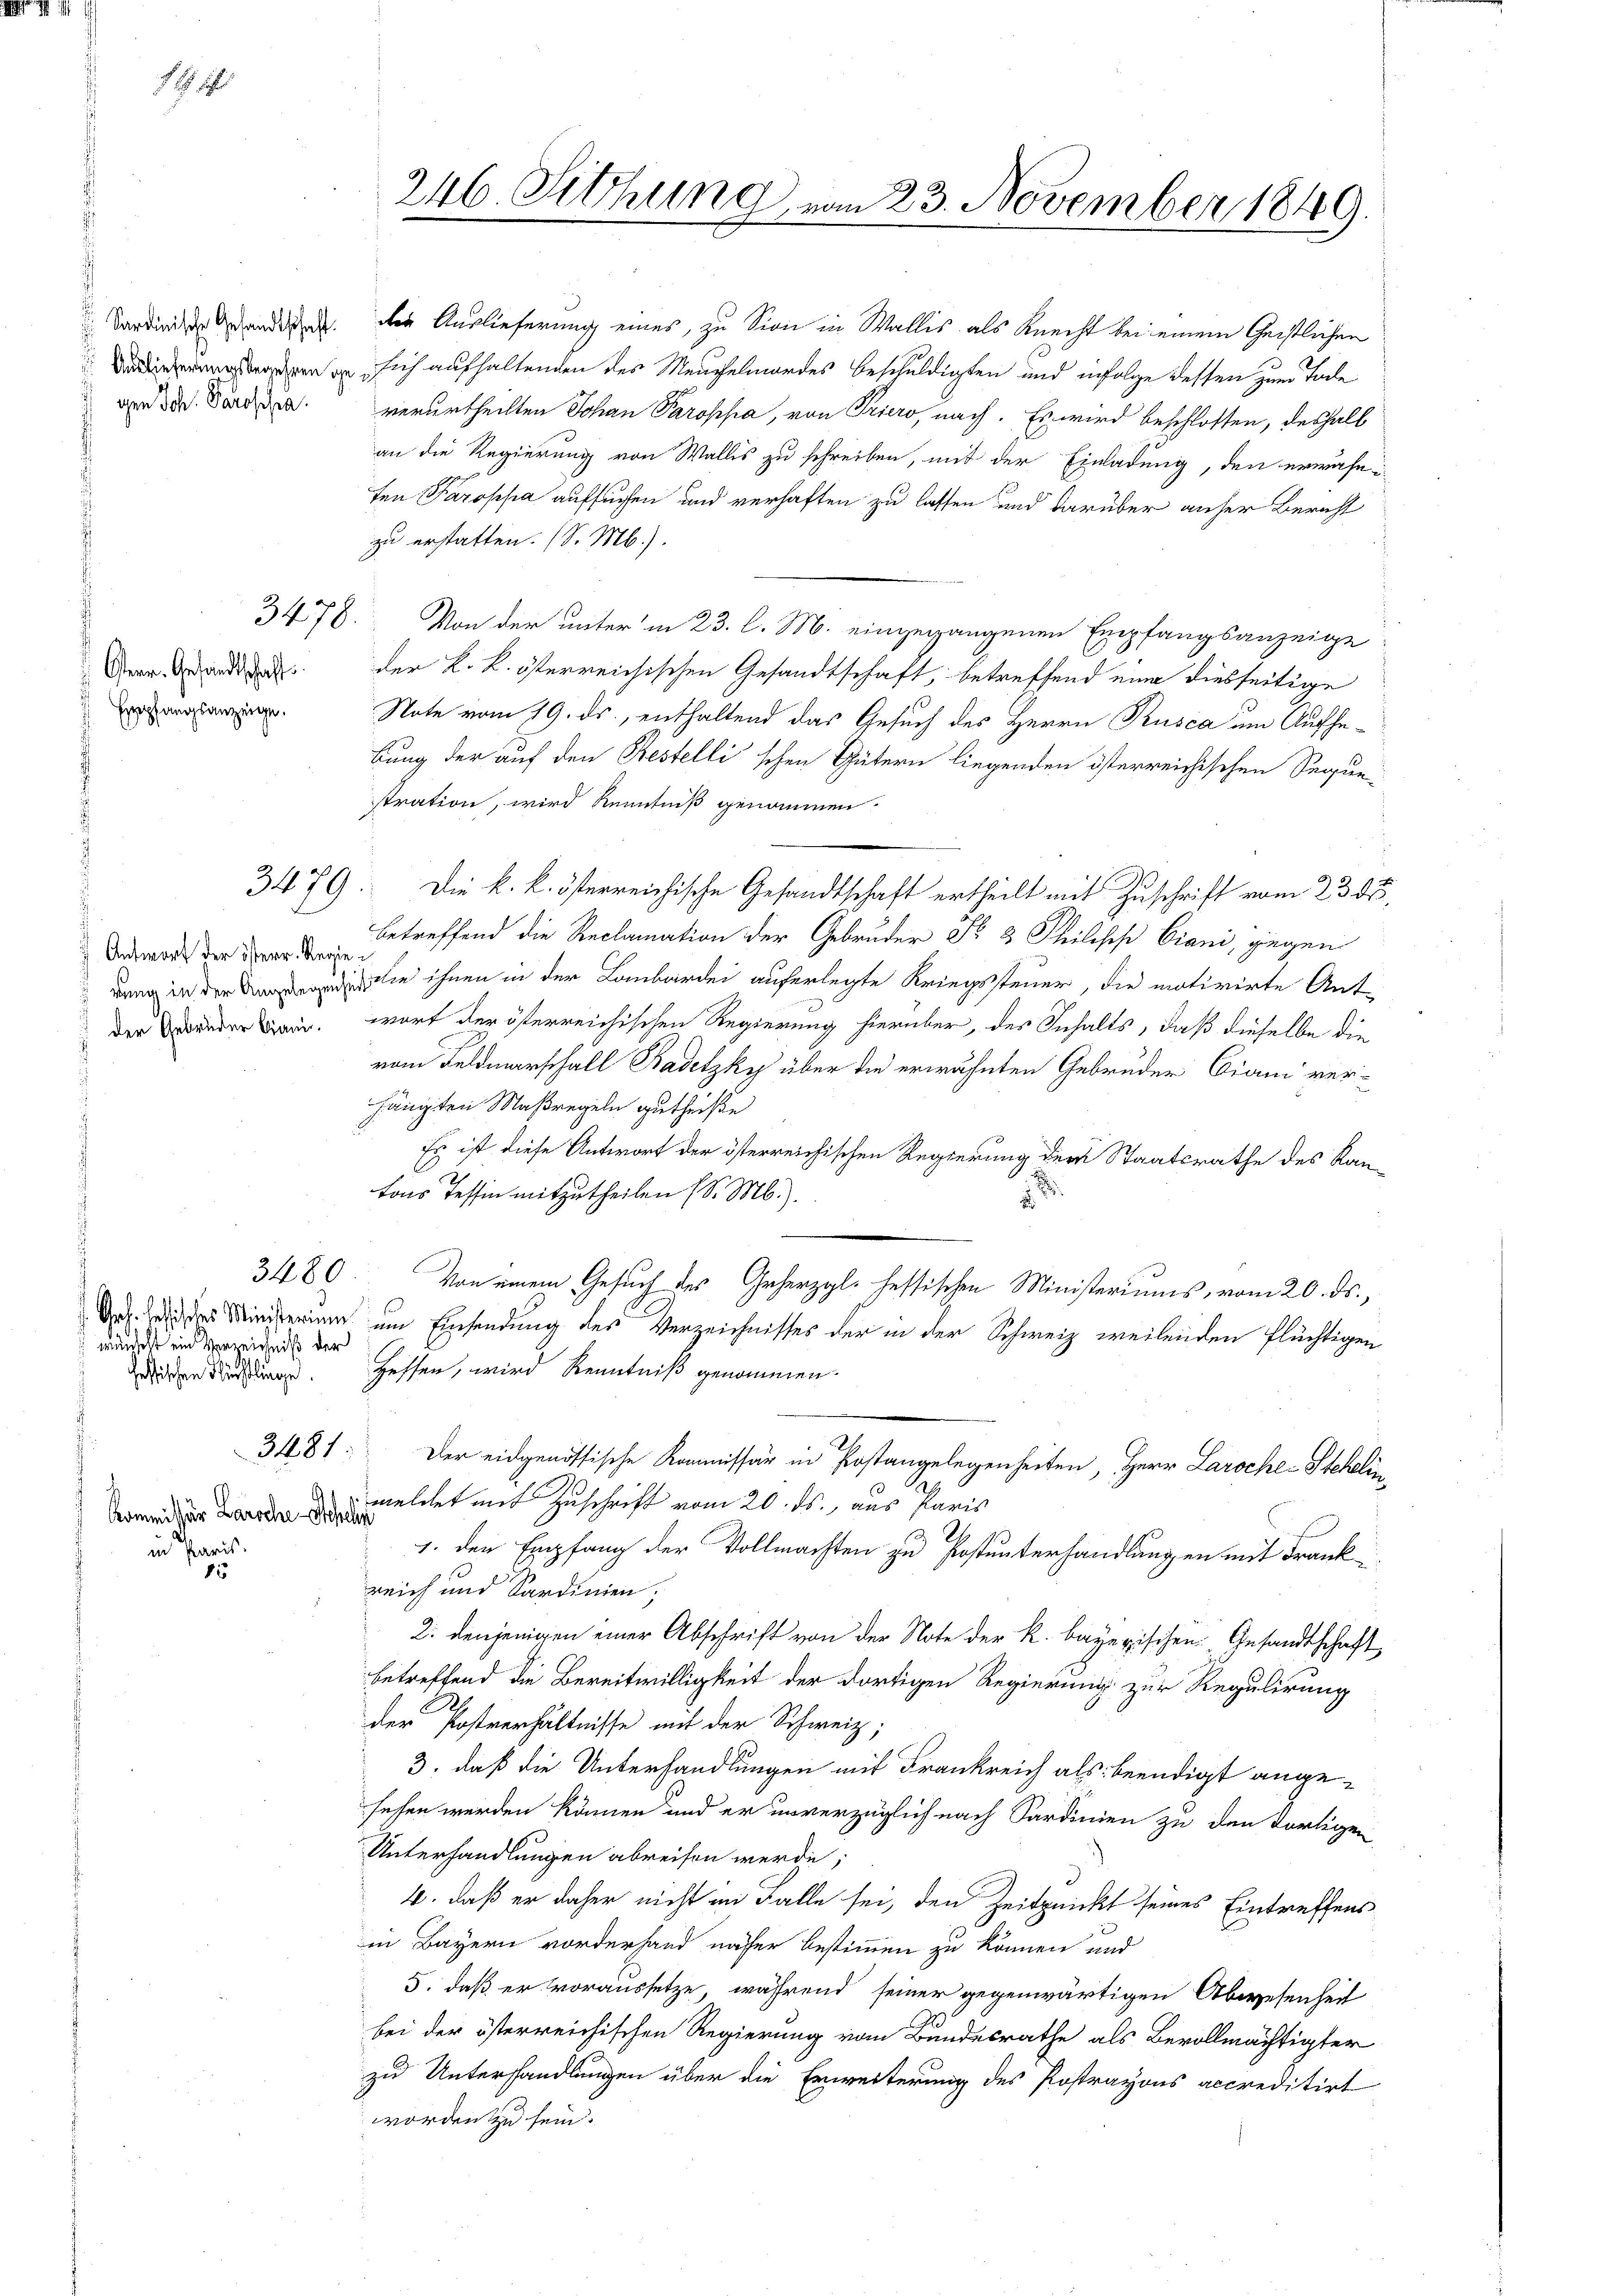
Sardinische Gesandtschaft.
gen Joh. Paroppa.

Osterr. Gesandtschaft
 Empfangsanzeige.

Antwort der österr. Regieder Gebrüder Biani.

in Paris.
1

3410.

3480
wünscht ein Verzeichniß der
hessischen Fürstlinge.

3481.

Kommissär Laroche Scheln

246. Sitzung, i

n 23. November 1849

die Auslieferung eines, zu Sion in Wallis als Knecht bei einem Geistlichen
erren sich aufhaltenden des Meuchelmordes beschuldigten und infolge dessen zum Tode
verurtheilten Johan Paroppa, von Priero, nach. Es wird beschlossen, deshalb
an die Regierung von Wallis zu schreiben, mit der Einladung, den erwähn
ten Paroppa aufsuchen und verhaften zu lassen und darüber anher Bericht
zu erstatten. (S. M.).
Von der unter in 23. l. M. eingegangenen Empfangsanzeige
der k. k. österreichischen Gesandtschaft, betreffend eine diesseitige
Note vom 19. ds., enthaltend das Gesuch des Herrn Kusca um Aufhebung der auf den Bestellischen Gütern liegenden österreichischen Seque-
stration, wird Renntniß genommen.
3479. Die k. k. österreichische Gesandtschaft ertheilt mit Zuschrift vom 23. ds.
betreffend die Reclamation der Gebrüder Fr. 3 Philisch Ciani, gegen
Den in die ihnen in der Lombarde auferlegte Kriegssteuer, die motivirte Ant-
wort der österreichischen Regierung hierüber, des Inhalts, daß dieselbe die
vom Feldmarschall Badetzky über die erwähnten Gebrüder Biani verhänigten Maßregeln gutheiße
Es ist diese Antwort der österreichischen Regierung der Staatsrathe des Kan-
tons Tessin mitzutheilen (S. M.).
1
Von einem Gesuch des Geherzgl. fessischen Ministeriums, vom 20. ds.,
Dr. des Ministerium um Einsendung des Verzeichnisses der in der Schweiz weilenden flüchtigen
Hessen, wird Kenntniß genommen.
Der eidgenössische Kommissär in Postangelegenheiten, Herr Laroche-Stekelin
meldet mit Zuschrift vom 20. ds., aus Paris
.
1. den Empfang der Vollmachten zu Postunterhandlungen mit Frank
reich und Sardinien;
2. denjenigen einer Abschrift von der Note der k. bayerischen Gesandtschaft
betreffend die Bereitwilligkeit der dortigen Regierung zur Regulirung
B
der Postverhältnisse mit der Schweiz,
3. daß die Unterhandlungen mit Frankreich als beendigt angesesen werden können und er unverzüglich nach Sardinien zu den Fortigen
Unterhandlungen abreisen werde;
4. daß er daher nicht im Falle sei, den Zeitpunckt seines Eintreffens
in Bayern vorderhand näher bestimmen zu können und
5. daß er voraussetze, während seiner gegenwärtigen Abwesenheit
bei der österreichischen Regierung vom Bundesrathe als Bevollmächtigter
zu Unterhandlungen über die Erweiterung des Postrayons accreditirt
worden zu sein.